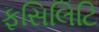
ફસિલિટિ